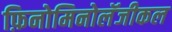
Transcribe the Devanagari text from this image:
फ़िनोमिनोलॅजीकल